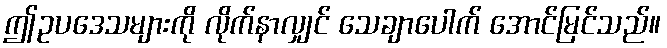
ဤဥပဒေသများကို လိုက်နာလျှင် သေချာပေါက် အောင်မြင်သည်။